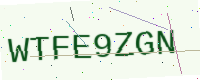
Text: WTFE9ZGN